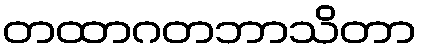
တထာဂတဘာသိတာ